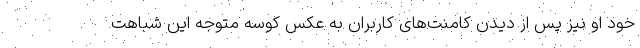
خود او نیز پس از دیدن کامنت‌های کاربران به عکس کوسه متوجه این شباهت